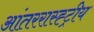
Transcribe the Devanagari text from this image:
आंतररास्ह्ट्रीय